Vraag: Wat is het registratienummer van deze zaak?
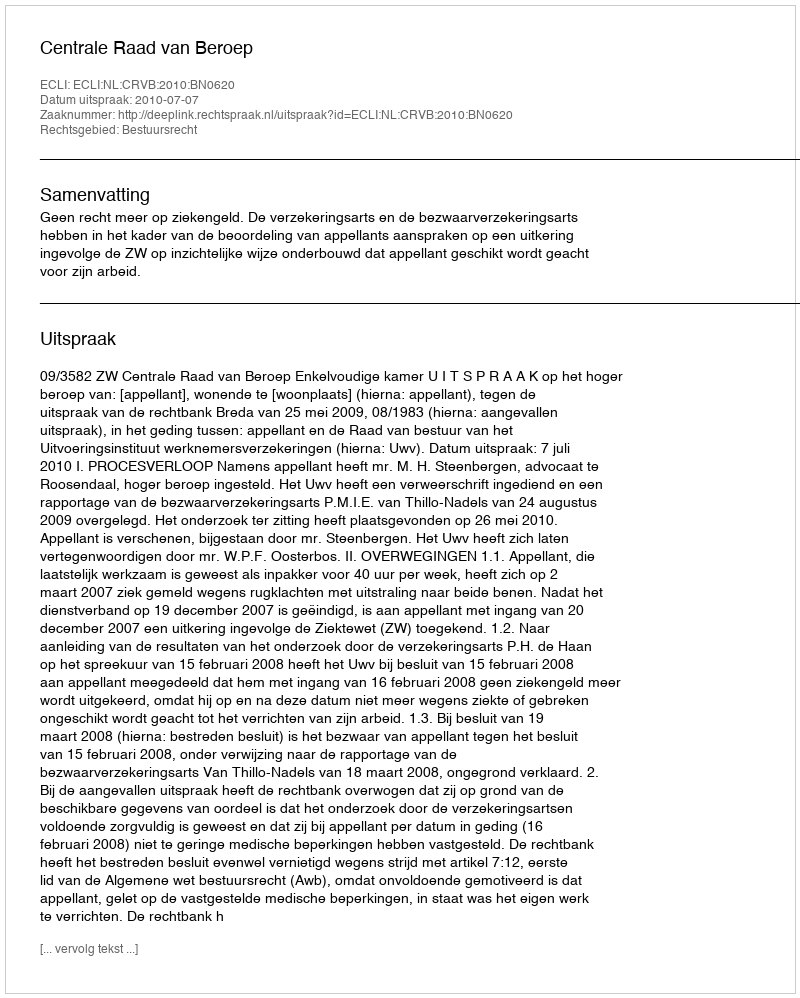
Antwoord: http://deeplink.rechtspraak.nl/uitspraak?id=ECLI:NL:CRVB:2010:BN0620